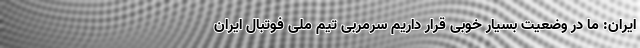
ایران: ما در وضعیت بسیار خوبی قرار داریم سرمربی تیم ملی فوتبال ایران